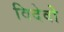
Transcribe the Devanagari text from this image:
विदेवो